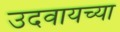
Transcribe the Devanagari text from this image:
उदवायच्या